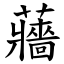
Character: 蘠